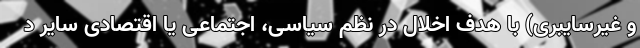
و غیرسایبری) با هدف اخلال در نظم سیاسی، اجتماعی یا اقتصادی سایر د